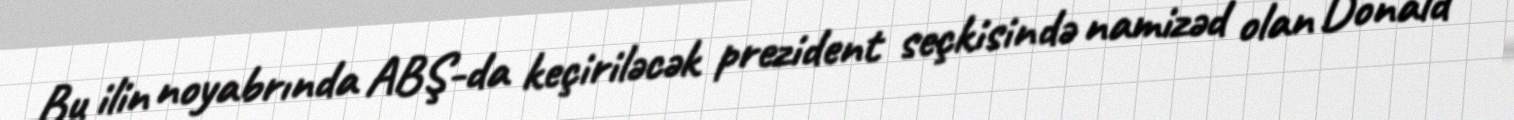
Bu ilin noyabrında ABŞ-da keçiriləcək prezident seçkisində namizəd olan Donald